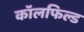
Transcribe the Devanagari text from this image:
कॉलफिल्ड